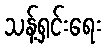
သန့်ရှင်းရေး